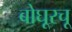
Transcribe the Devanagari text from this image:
बोघूरचू